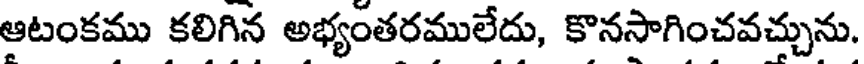
ఆటంకము కలిగిన అభ్యంతరములేదు, కొనసాగించవచ్చును.